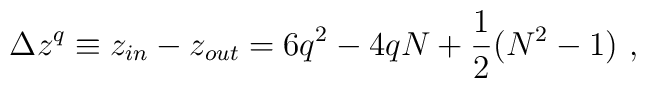
\Delta z^q \equiv z_{in}-z_{out}            = 6q^2-4qN + {1\over 2}(N^2-1) \ ,